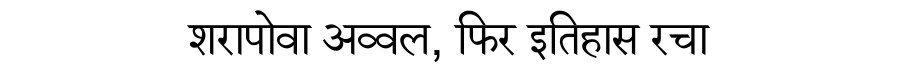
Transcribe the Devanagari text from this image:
शरापोवा अव्वल, फिर इतिहास रचा